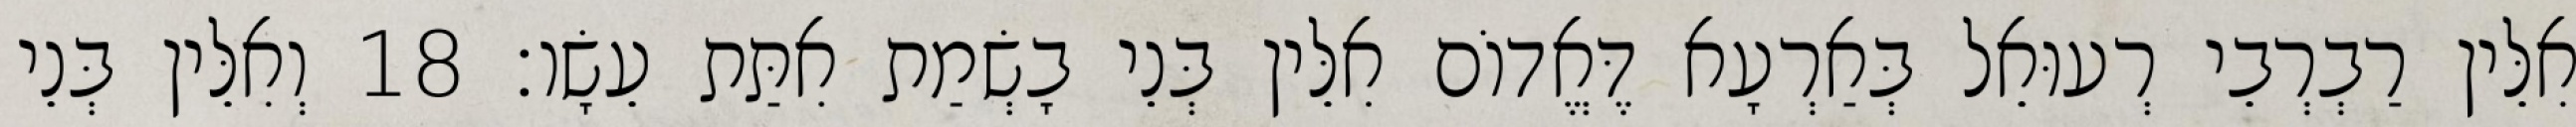
אִלֵּין רַבְרְבֵי רְעוּאֵל בְּאַרְעָא דֶּאֱדוֹם אִלֵּין בְּנֵי בָשְׂמַת אִתַּת עֵשָׂו׃ 18 וְאִלֵּין בְּנֵי